Report on vaccination in Madras 1904-1921 - 1904-1921
Year: 1904
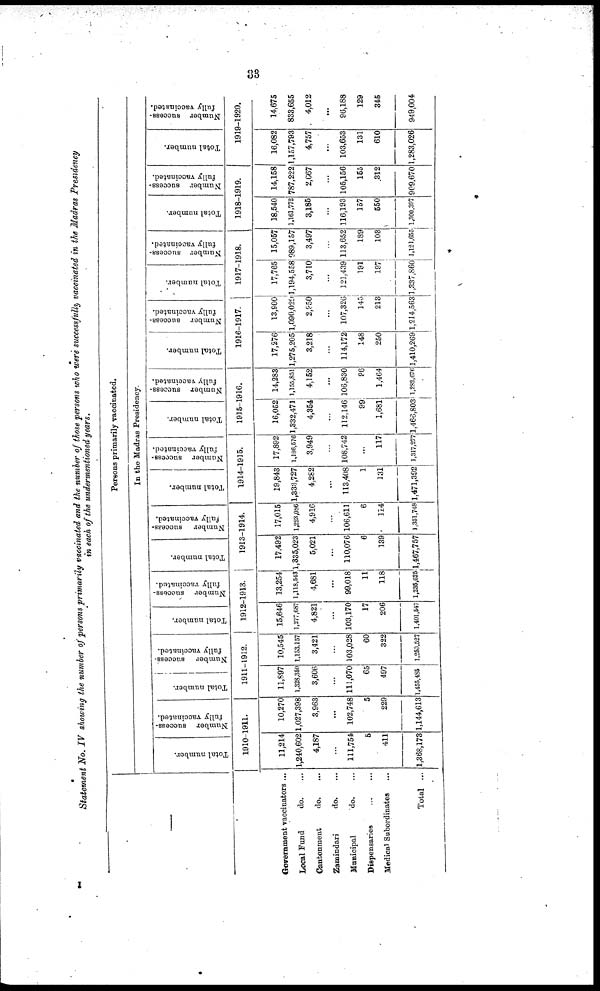
33
Statement No. IV showing the number of persons primarily vaccinated and the number of those persons who were successfully vaccinated in the Madras Presidency
in each of the undermentioned years.
Government vaccinators ...
Local Fund
do. ...
Cantonment
do.
...
Zamindari
do.
Municipal
do. ...
Dispensaries
Medical Subordinates... ...
Total ...
Persons primarily vaccinated.
In the Madras Presidency.
Total number.
Number success-
fully vaccinated.
1910-1911.
11,214
1,240,602
4,187
...
111,754
5
411
1,368,173
10,270
1,027,398
3,963
...
102,748
5
229
1,144,613
Total number.
Number success-
fully vaccinated.
1911-1912.
11,897
1,328,350
3,606
...
111,070
65
497
1,455,485
10,545
1,133,157
3,421
...
103,028
60
322
1,260,527
Total number.
Number success-
fully vaccinated.
1912-1913.
15,646
1,277,687
4,821
...
103,170
17
206
1,401,547
13,254
1,118,543
4,681
...
99,018
11
118
1,235,625
Total number.
Number success-
fully vaccinated.
1913-1914.
17,492
1,335,023
5,021
...
110,076
6
139
1,467,757
17,015
1,223,086
4,916
...
106,611
6
114
1,351,748
Total number.
Number success-
fully vaccinated.
1914-1915.
19,843
1,333,727
4,282
...
113,408
1
131
1,471,392
17,892
1,186,576
3,949
...
108,742
...
117
1,317,277
Total number.
Number success-
fully vaccinated.
1915-1916.
16,052
1,332,471
4,354
...
112,146
99
1,681
1,466,803
14,283
1,155,851
4,152
...
106,830
96
1,464
1,282,676
Total number.
Number success-
fully vaccinated.
1916-1917
17,276
1,275,205
3,218
...
114,172
148
250
1,410,269
13,900
1,090,029
2,850
...
107,326
145
213
1,214,563
Total number.
Number success-
fully vaccinated.
1917-1918.
17,765
1,194,558
3,710
...
121,439
191
197
1,337,860
15,057
989,157
3,497
...
113,652
189
103
1,121,655
Total number.
Number success-
fully vaccinated.
1918-1919.
18,540
1,161,772
3,186
...
116,193
157
550
1,300,397
14,158
787,222
2,667
...
105,156
155
312
909,670
Total number.
Number success-
fully vaccinated.
1919-1920.
16,082
1,157,793
4,757
...
103,653
131
610
1,283,026
14,675
833,655
4,012
...
96,188
129
345
949,004